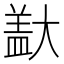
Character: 𪥞